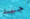
جيد